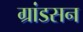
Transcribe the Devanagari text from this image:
ग्रांडसन